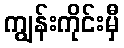
ကျွန်းကိုင်းမှီ